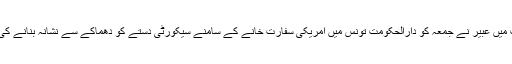
منگل کی شام پارلیمنٹ سے خطاب میں عبیر نے جمعہ کو دارالحکومت تونس میں امریکی سفارت خانے کے سامنے سیکورٹی دستے کو دھماکے سے نشانہ بنانے کی دہشت گرد کارروائی کا حوالہ دیا۔